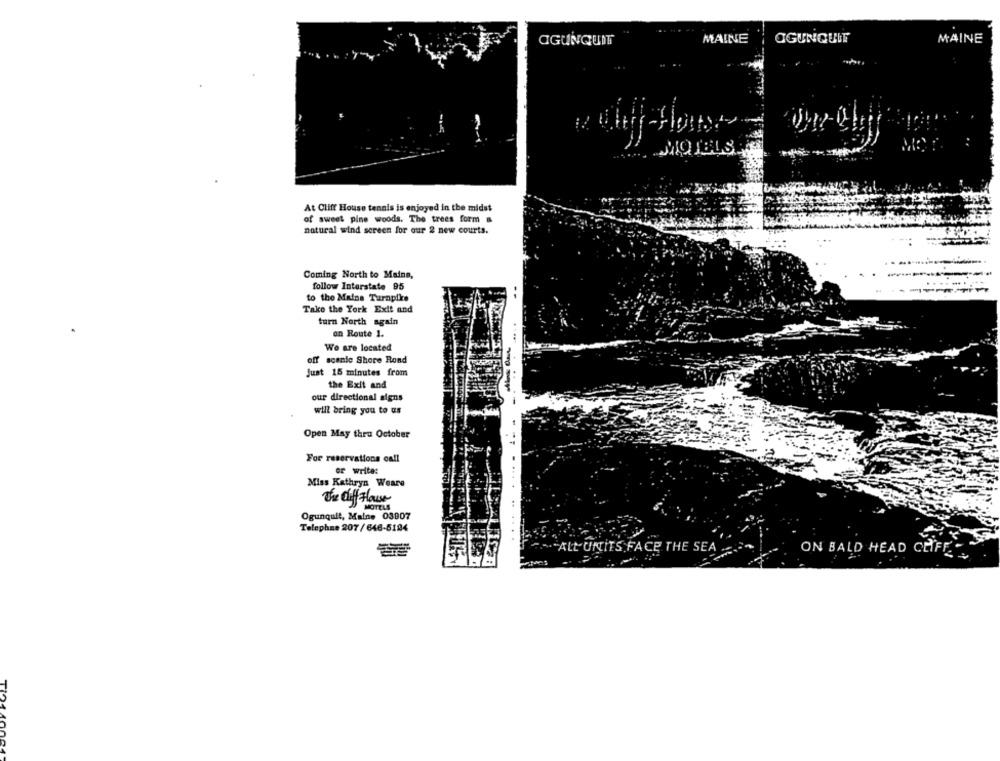
MAINE
OGUNQUIT
OGUNQUIT
MAINE
MOTELS
At Cliff House tennis is enjoyed in the midst
of sweet pine woods. The trees form a
natural wind screen for our 2 new courts.
Coming North to Mains,
follow Interstate 95
to the Maine Turnpike
Take the York Exit and
turn North again
on Route 1.
We are located
off scenic Shore Rond
Just 15 minutes from
the Exit and
our directional signs
will bring you to us
Open May thru October
For reservations call
or write:
Miss Kathryn Weare
The Clif Flour
MOTELS
Ogunquit, Maine 03907
Telephne 207/646-5104
ALL UNITS FACE THE SEA
ON BALD HEAD CHFF